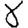
Digit: 8